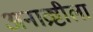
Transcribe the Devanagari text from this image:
अनाव्रष्टीला